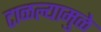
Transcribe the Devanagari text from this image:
टाळल्यामुळे